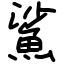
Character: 鯊